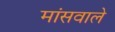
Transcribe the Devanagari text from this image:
मांसवाले